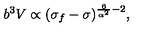
{ b ^ { 3 } V \propto ( \sigma _ { f } - \sigma ) ^ { \frac { 6 } { \alpha ^ { 2 } } - 2 } , }